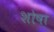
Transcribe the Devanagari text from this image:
शोषा